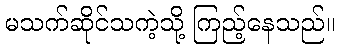
မသက်ဆိုင်သကဲ့သို့ ကြည့်နေသည်။